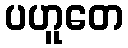
ပဟူတေ